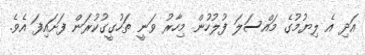
އަދި އެ ލިޔުމުގެ މައްސަލަ ފުލުހުން މިހާރު ވަނީ ތަހުގީގުކުރަން ފަށައިފަ އެވެ.